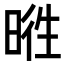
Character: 𣇭